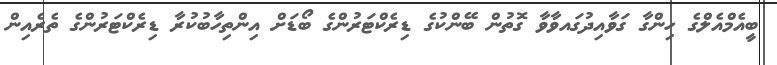
ބީއެމްއެލްގެ ހިންގާ ގަވާއިދުގައވާވާ ގޮތުން ބޭންކުގެ ޑިރެކްޓަރުންގެ ބޯޑަށް އިންތިހާބުކުރާ ޑިރެކްޓަަރުންގެ ތެރެއިން